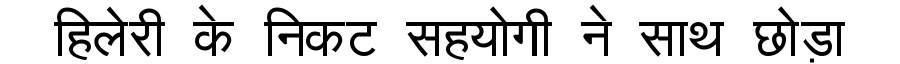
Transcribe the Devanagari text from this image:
हिलेरी के निकट सहयोगी ने साथ छोड़ा